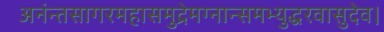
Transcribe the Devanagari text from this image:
अनंन्तसागरमहासमुद्रेमग्नान्समभ्युद्धरवासुदेव।